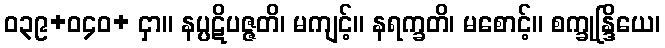
ဝ၃၉+ဝ၄၀+ ငှာ။ နပ္ပဋိပဇ္ဇတိ၊ မကျင့်။ နရက္ခတိ၊ မစောင့်။ စက္ခုန္ဒြိယေ၊